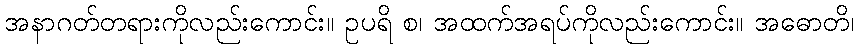
အနာဂတ်တရားကိုလည်းကောင်း။ ဥပရိ စ၊ အထက်အရပ်ကိုလည်းကောင်း။ အဓောတိ၊